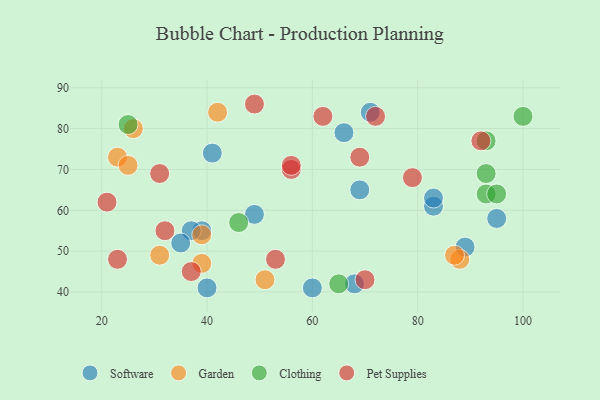
{"axis": {"x": "GDP", "y": "Life Expectancy"}, "legend": ["Clothing", "Garden", "Pet Supplies", "Software"], "data": [{"x": "49", "y": 59, "type": "Software"}, {"x": "60", "y": 41, "type": "Software"}, {"x": "40", "y": 41, "type": "Software"}, {"x": "89", "y": 51, "type": "Software"}, {"x": "39", "y": 55, "type": "Software"}, {"x": "37", "y": 55, "type": "Software"}, {"x": "66", "y": 79, "type": "Software"}, {"x": "95", "y": 58, "type": "Software"}, {"x": "69", "y": 65, "type": "Software"}, {"x": "83", "y": 61, "type": "Software"}, {"x": "41", "y": 74, "type": "Software"}, {"x": "83", "y": 63, "type": "Software"}, {"x": "71", "y": 84, "type": "Software"}, {"x": "35", "y": 52, "type": "Software"}, {"x": "68", "y": 42, "type": "Software"}, {"x": "39", "y": 54, "type": "Garden"}, {"x": "39", "y": 47, "type": "Garden"}, {"x": "23", "y": 73, "type": "Garden"}, {"x": "88", "y": 48, "type": "Garden"}, {"x": "25", "y": 71, "type": "Garden"}, {"x": "31", "y": 49, "type": "Garden"}, {"x": "87", "y": 49, "type": "Garden"}, {"x": "51", "y": 43, "type": "Garden"}, {"x": "42", "y": 84, "type": "Garden"}, {"x": "26", "y": 80, "type": "Garden"}, {"x": "93", "y": 69, "type": "Clothing"}, {"x": "25", "y": 81, "type": "Clothing"}, {"x": "93", "y": 77, "type": "Clothing"}, {"x": "100", "y": 83, "type": "Clothing"}, {"x": "93", "y": 64, "type": "Clothing"}, {"x": "65", "y": 42, "type": "Clothing"}, {"x": "95", "y": 64, "type": "Clothing"}, {"x": "46", "y": 57, "type": "Clothing"}, {"x": "56", "y": 70, "type": "Pet Supplies"}, {"x": "72", "y": 83, "type": "Pet Supplies"}, {"x": "37", "y": 45, "type": "Pet Supplies"}, {"x": "49", "y": 86, "type": "Pet Supplies"}, {"x": "70", "y": 43, "type": "Pet Supplies"}, {"x": "32", "y": 55, "type": "Pet Supplies"}, {"x": "23", "y": 48, "type": "Pet Supplies"}, {"x": "69", "y": 73, "type": "Pet Supplies"}, {"x": "21", "y": 62, "type": "Pet Supplies"}, {"x": "79", "y": 68, "type": "Pet Supplies"}, {"x": "56", "y": 71, "type": "Pet Supplies"}, {"x": "31", "y": 69, "type": "Pet Supplies"}, {"x": "62", "y": 83, "type": "Pet Supplies"}, {"x": "53", "y": 48, "type": "Pet Supplies"}, {"x": "92", "y": 77, "type": "Pet Supplies"}]}